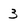
Character: 3